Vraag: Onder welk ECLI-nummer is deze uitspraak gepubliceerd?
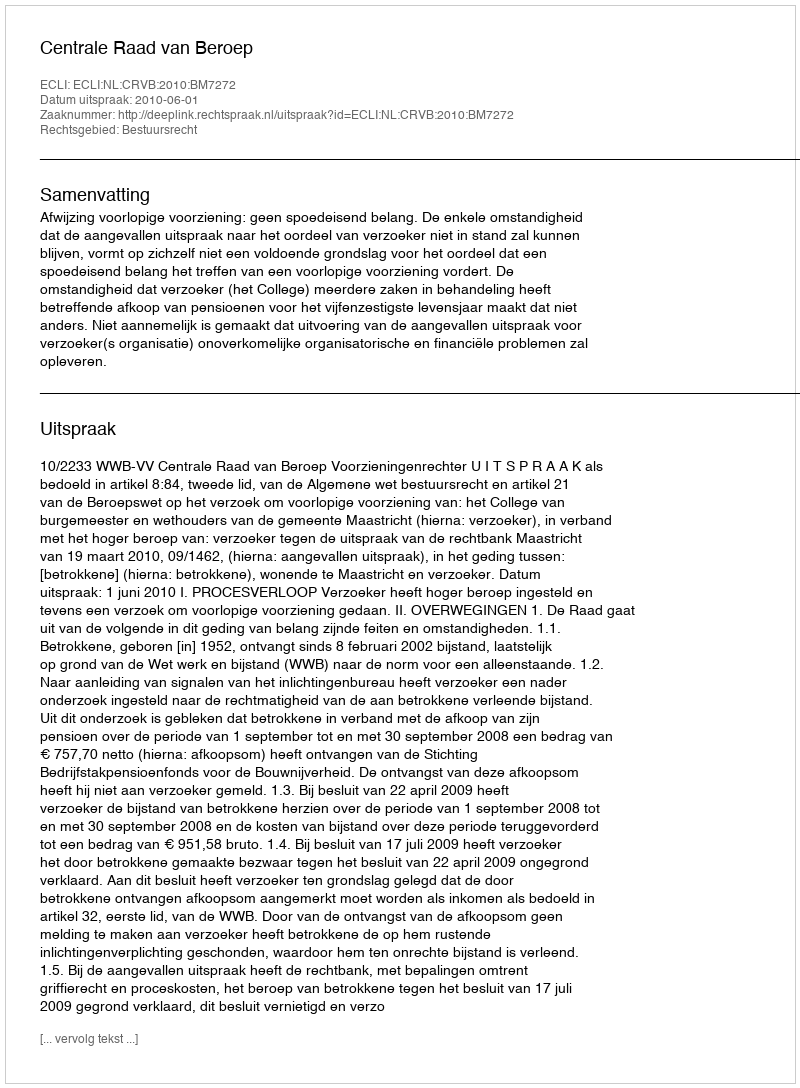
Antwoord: ECLI:NL:CRVB:2010:BM7272